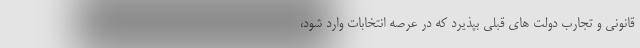
قانونی و تجارب دولت های قبلی بپذیرد که در عرصه انتخابات وارد شود،